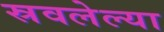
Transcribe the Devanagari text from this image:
स्रवलेल्या